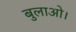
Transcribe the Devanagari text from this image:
बुलाओ।